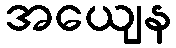
အယျေန